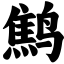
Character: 鹪